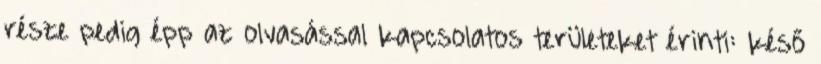
része pedig épp az olvasással kapcsolatos területeket érinti: késő